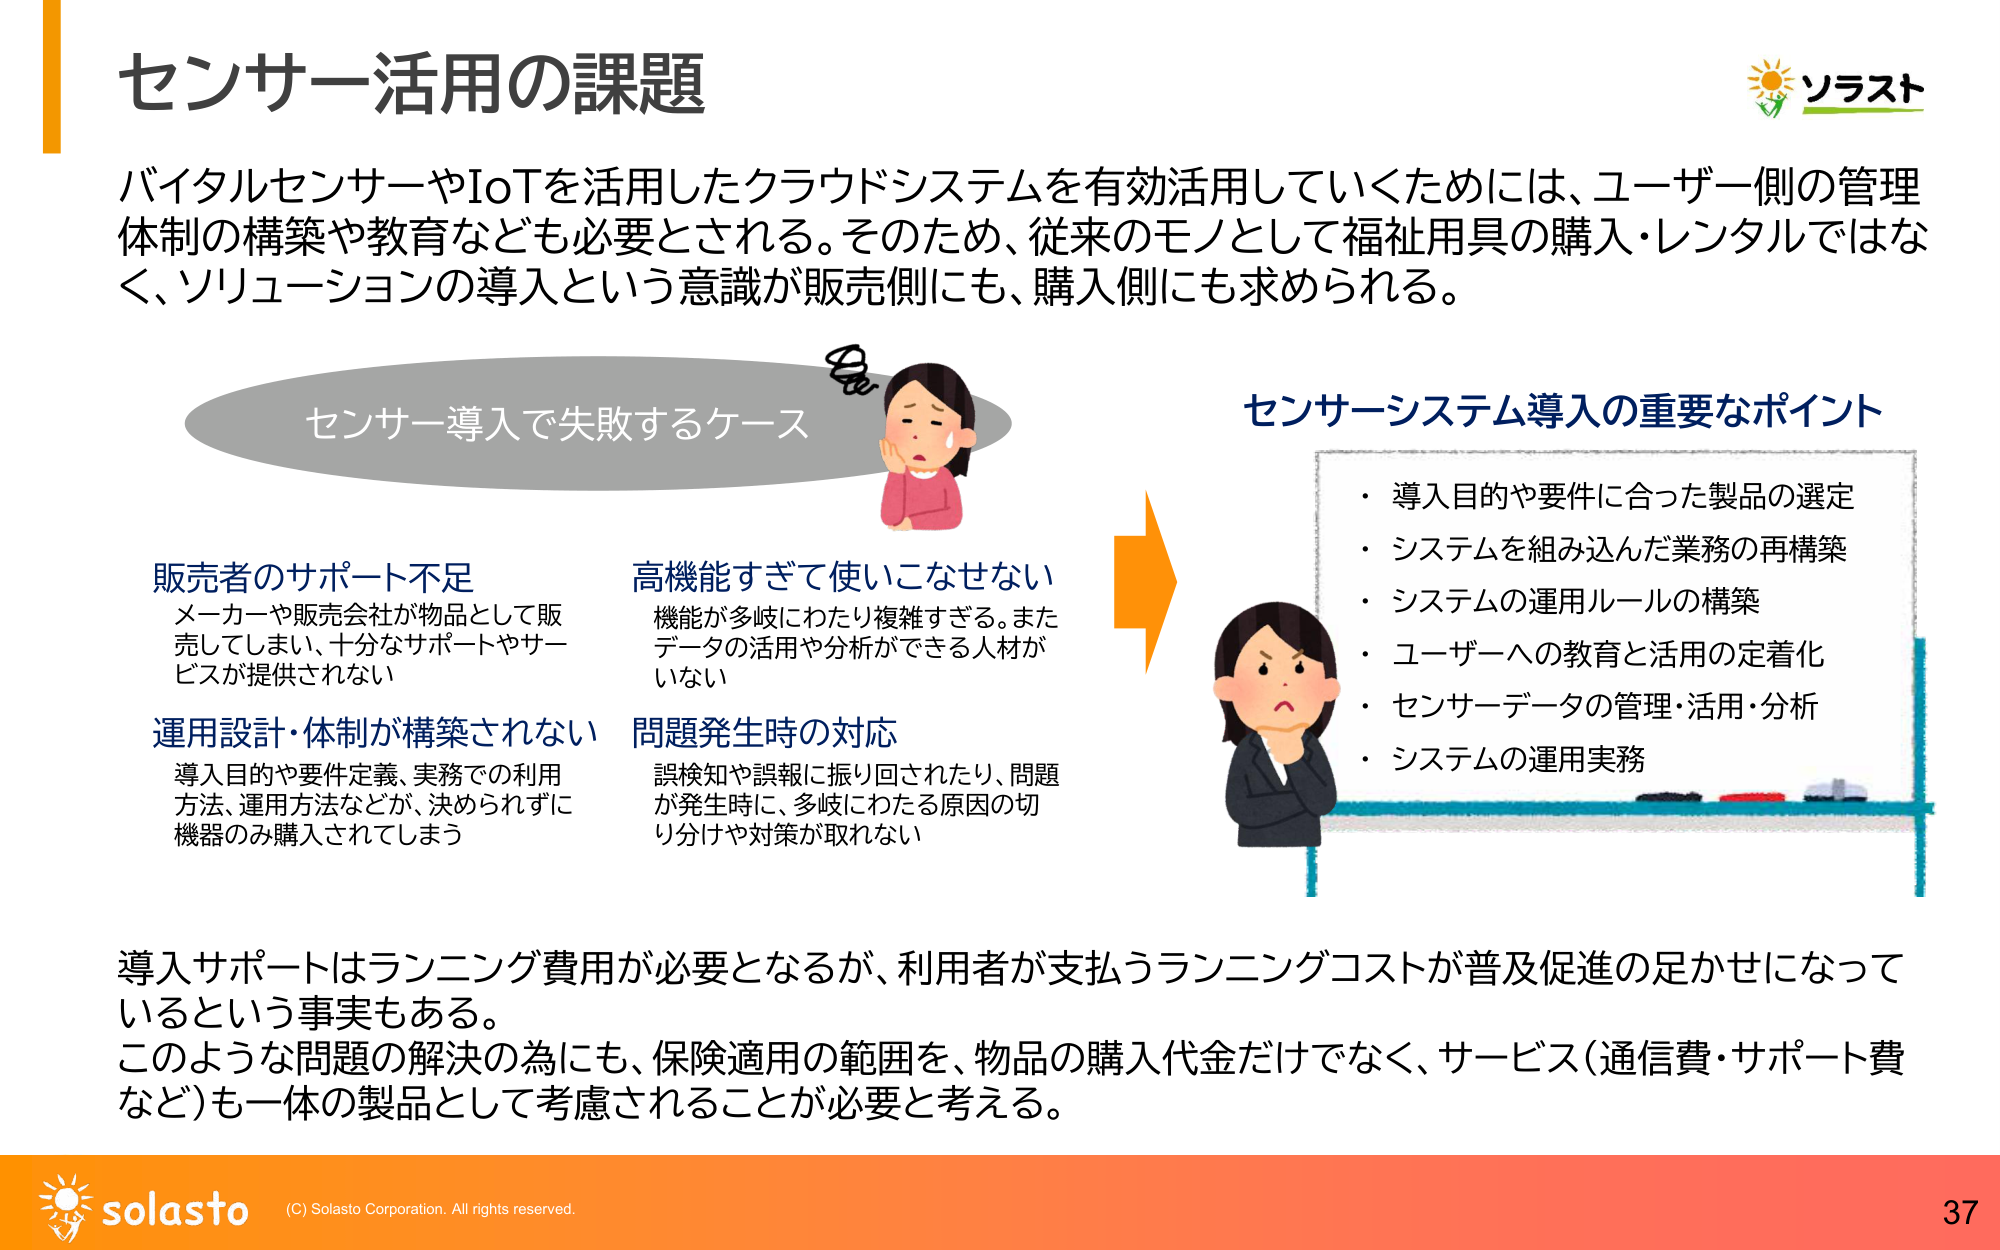
センサー活用の課題

バイタルセンサーやIoTを活用したクラウドシステムを有効活用していくためには、ユーザー側の管理体制の構築や教育なども必要とされる。そのため、従来のモノとして福祉用具の購入・レンタルではなく、ソリューションの導入という意識が販売側にも、購入側にも求められる。

センサー導入で失敗するケース

販売者のサポート不足
メーカーや販売会社が物品として販売してしまい、十分なサポートやサービスが提供されない

運用設計・体制が構築されない
導入目的や要件定義、実務での利用方法、運用方法などが、決められずに機器のみ購入されてしまう

高機能すぎて使いこなせない
機能が多岐にわたり複雑すぎる。またデータの活用や分析ができる人材がいない

問題発生時の対応
誤検知や誤報に振り回されたり、問題が発生時に、多岐にわたる原因の切り分けや対策が取れない

センサーシステム導入の重要なポイント
・導入目的や要件に合った製品の選定
・システムを組み込んだ業務の再構築
・システムの運用ルールの構築
・ユーザーへの教育と活用の定着化
・センサーデータの管理・活用・分析
・システムの運用実務

導入サポートはランニング費用が必要となるが、利用者が支払うランニングコストが普及促進の足かせになっているという事実もある。
このような問題の解決の為にも、保険適用の範囲を、物品の購入代金だけでなく、サービス（通信費・サポート費など）も一体の製品として考慮されることが必要と考える。

ソラスト

solasto
(C) Solasto Corporation. All rights reserved.
37